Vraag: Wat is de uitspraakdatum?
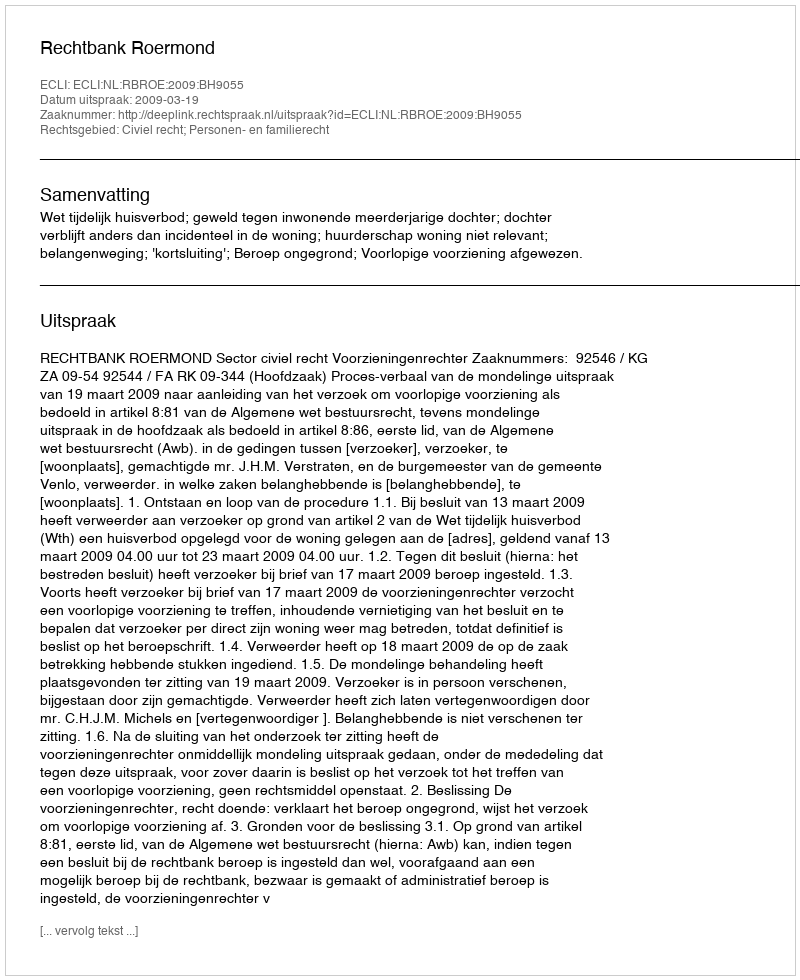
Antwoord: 2009-03-19